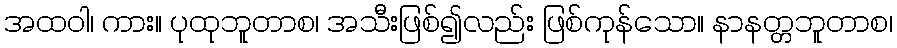
အထဝါ၊ ကား။ ပုထုဘူတာစ၊ အသီးဖြစ်၍လည်း ဖြစ်ကုန်သော။ နာနတ္တဘူတာစ၊